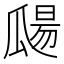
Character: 㼒